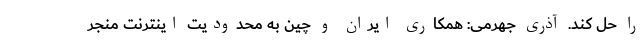
را حل کند. آذری جهرمی: همکاری ایران و چین به محدودیت اینترنت منجر